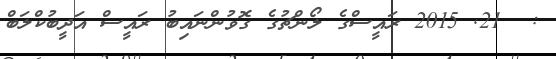
:  21